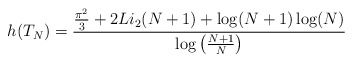
\begin{align*}h(T_N)=\frac{\frac{\pi^2}{3}+2Li_2(N+1)+\log(N+1)\log(N)}{\log\left(\frac{N+1}{N}\right)}\end{align*}